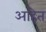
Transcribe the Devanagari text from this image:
आहेेत